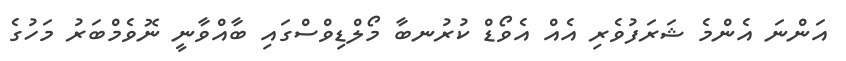
އަންނަ އެންމެ ޝަރަފުވެރި އެއް އެވޯޑް ކުރުނބާ މޯލްޑިވްސްގައި ބާއްވާނީ ނޮވެމްބަރު މަހުގެ